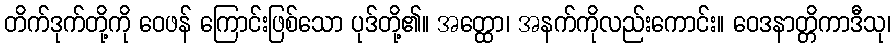
တိက်ဒုက်တို့ကို ဝေဖန် ကြောင်းဖြစ်သော ပုဒ်တို့၏။ အတ္ထော၊ အနက်ကိုလည်းကောင်း။ ဝေဒနာတ္တိကာဒီသု၊